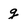
Character: g